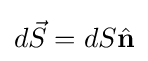
d{\vec {S}}=dS{\hat {\mathbf {n} }}